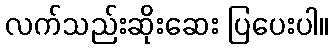
လက်သည်းဆိုးဆေး ပြပေးပါ။